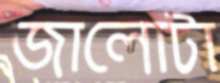
জালোটা